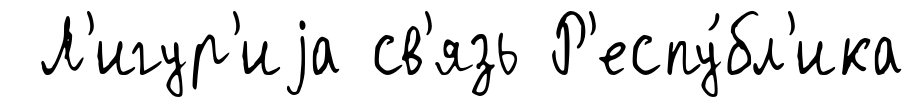
Л'игур'иjа св'язь Р'еспу́бл'ика